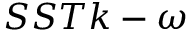
S S T k - \omega